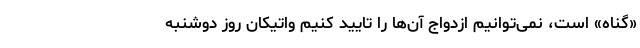
«گناه» است، نمی‌توانیم ازدواج آن‌ها را تایید کنیم واتیکان روز دوشنبه